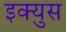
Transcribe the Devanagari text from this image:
इक्युस